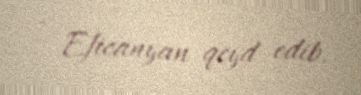
- Eficanyan qeyd edib.